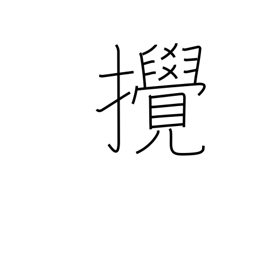
Meaning: disturb